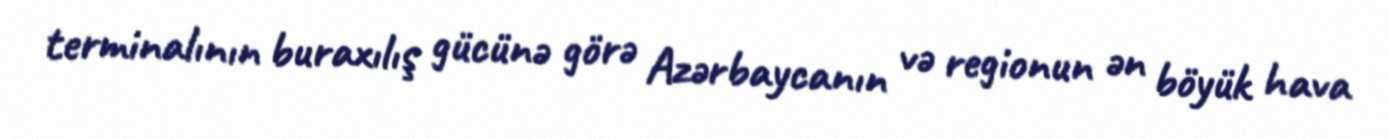
terminalının buraxılış gücünə görə Azərbaycanın və regionun ən böyük hava